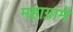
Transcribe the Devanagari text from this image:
महाग्रामे